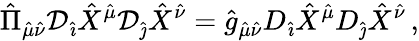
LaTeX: {\hat{\Pi}}_{{\hat{\mu}}{\hat{\nu}}}{\cal D}_{\hat{\imath}}{\hat{X}}^{\hat{\mu}}{\cal D}_{\hat{\jmath}}{\hat{X}}^{\hat{\nu}}={\hat{g}}_{{\hat{\mu}}{\hat{\nu}}}D_{\hat{\imath}}{\hat{X}}^{\hat{\mu}}D_{\hat{\jmath}}{\hat{X}}^{\hat{\nu}}\, ,